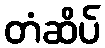
တံဆိပ်